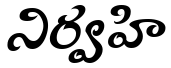
నిర్వహి